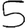
Digit: 5